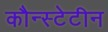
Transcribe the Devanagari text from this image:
कौन्स्टेटीन